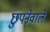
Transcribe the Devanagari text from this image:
छुपनेवाले